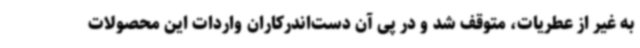
به غیر از عطریات، متوقف شد و در پی آن دست‌اندرکاران واردات این محصولات